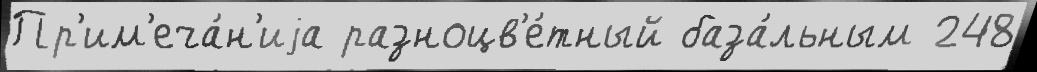
Пр'им'еча́н'иjа разноцв'е́тный база́льным 248